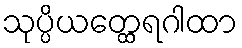
သုပ္ပိယတ္ထေရဂါထာ